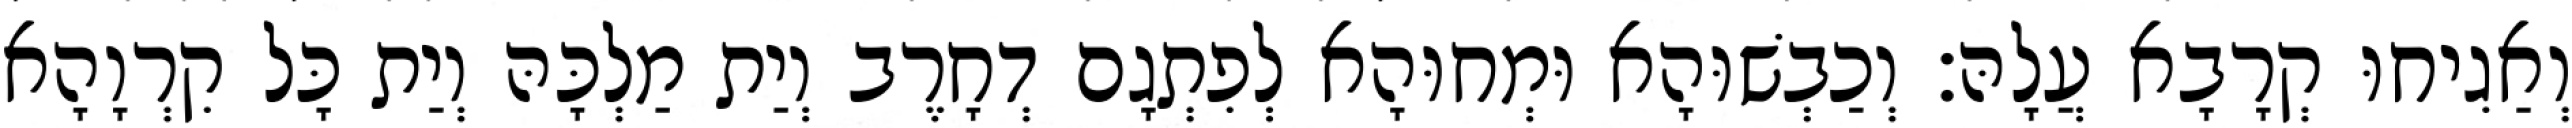
וְאַגִיחוּ קְרָבָא עֲלָהּ׃ וְכַבְשׁוּהָא וּמְחוּהָא לְפִתְגָם דְחָרֶב וְיַת מַלְכָּהּ וְיַת כָּל קִרְוָהָא